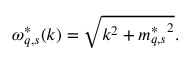
\omega _ { q , s } ^ { * } ( k ) = \sqrt { k ^ { 2 } + { m _ { q , s } ^ { * } } ^ { 2 } } .